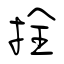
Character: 拴